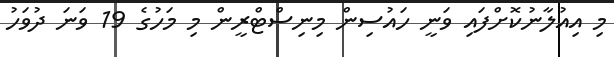
މި އިއުލާނުކޮށްފައި ވަނީ ހައުސިން މިނިސްޓްރީން މި މަހުގެ 19 ވަނަ ދުވަހު